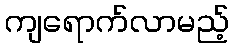
ကျရောက်လာမည့်